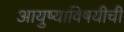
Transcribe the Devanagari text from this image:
आयुष्याविषयीची